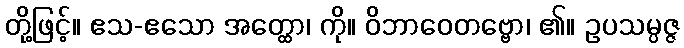
တို့ဖြင့်။ ဧသ-ဧသော အတ္ထော၊ ကို။ ဝိဘာဝေတဗ္ဗော၊ ၏။ ဥပသမ္ပဇ္ဇ